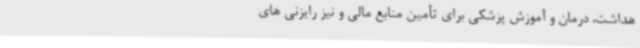
هداشت، درمان و آموزش پزشکی برای تأمین منابع مالی و نیز رایزنی های